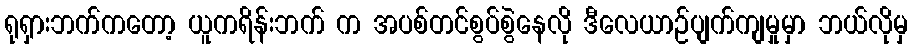
ရုရှားဘက်ကတော့ ယူကရိန်းဘက် က အပစ်တင်စွပ်စွဲနေလို ဒီလေယာဉ်ပျက်ကျမှုမှာ ဘယ်လိုမှ